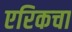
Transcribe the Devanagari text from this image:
एरिकचा